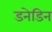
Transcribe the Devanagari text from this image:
डनेडिन